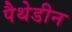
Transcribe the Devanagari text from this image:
पैथेडीन